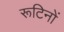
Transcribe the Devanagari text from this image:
रूटिनों